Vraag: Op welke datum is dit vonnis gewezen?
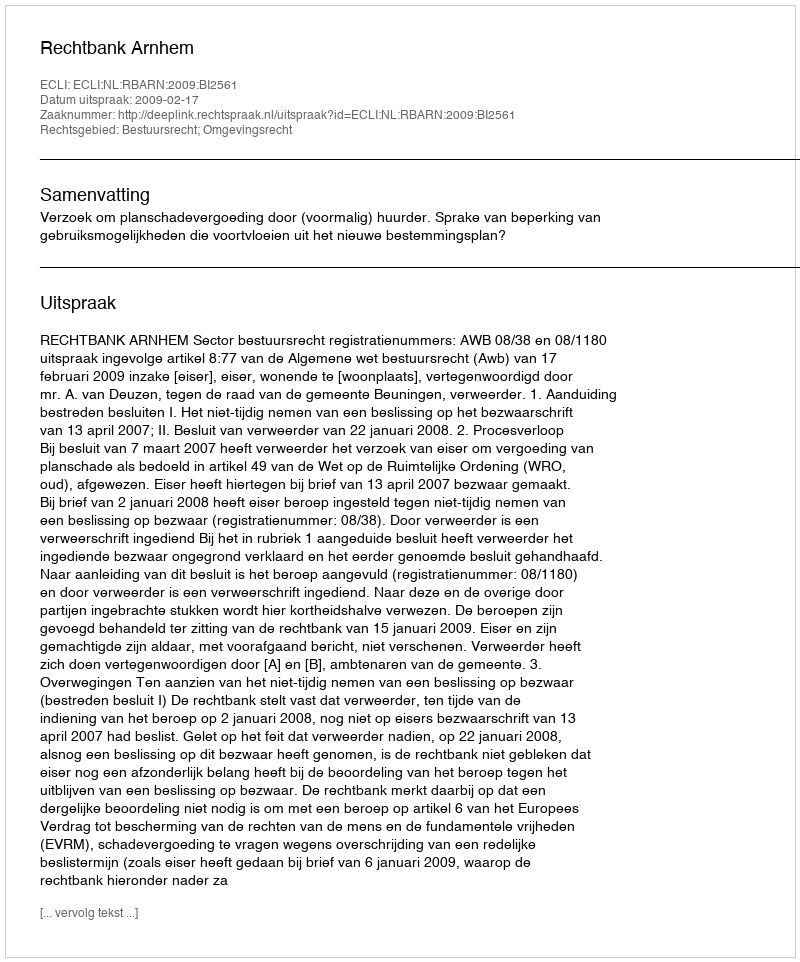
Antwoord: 2009-02-17